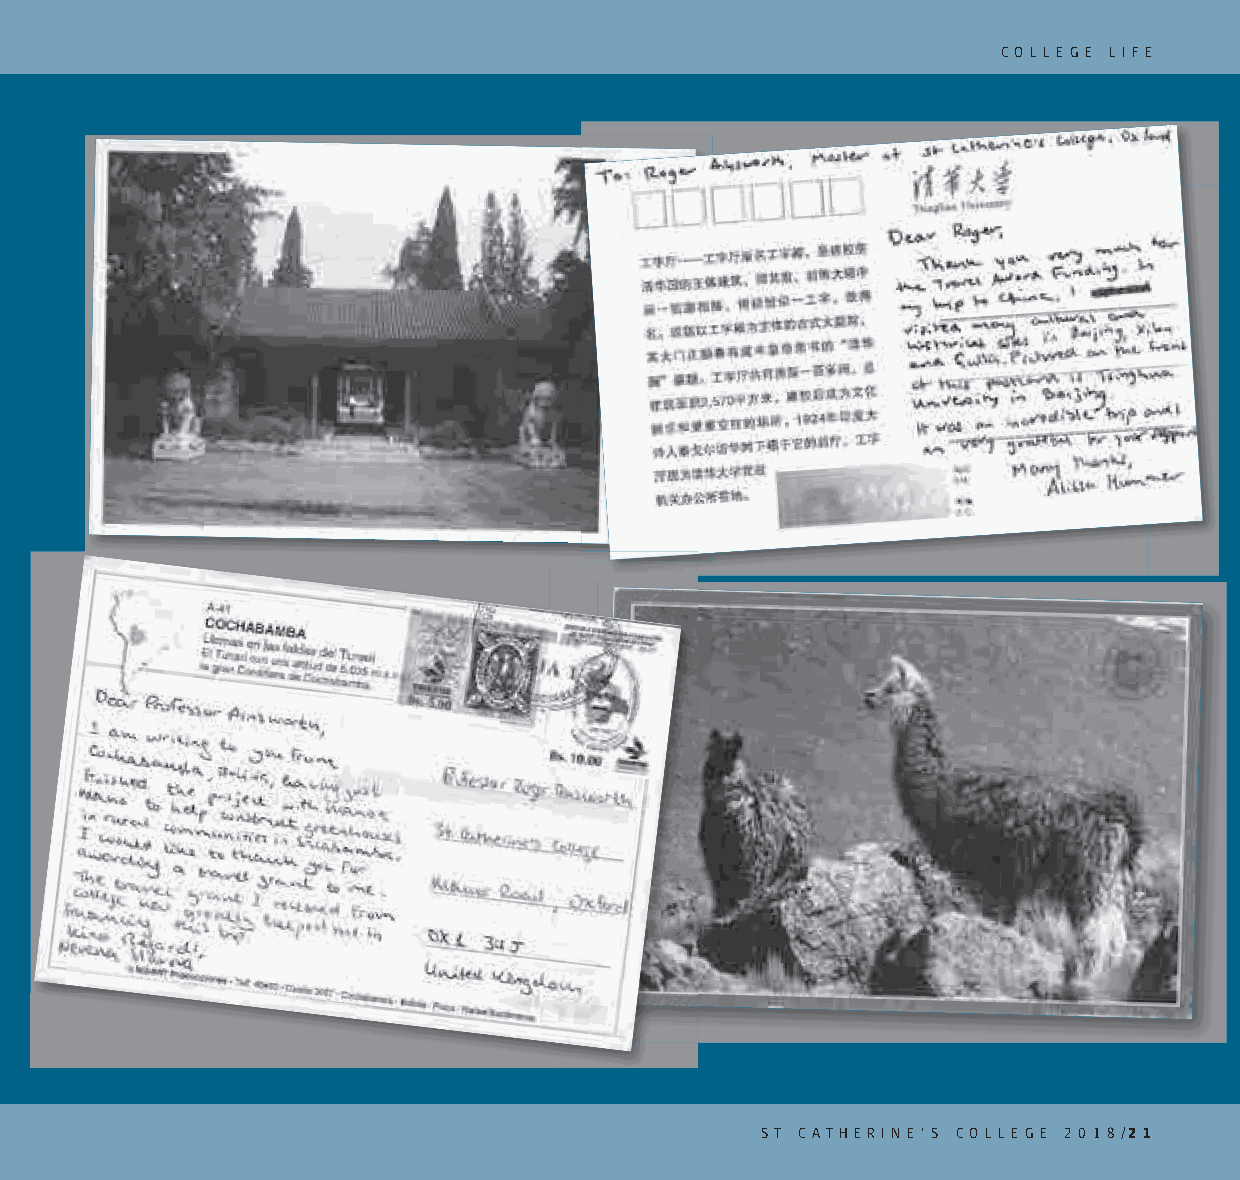
C O L L E G E L I F E
 ST C AT H E R I N E ’ S C O L L E G E 2 0 1 8 /2 1